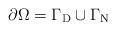
LaTeX: \begin{align*}\partial\Omega=\Gamma_{\operatorname*{D}}\cup\Gamma_{\operatorname*{N}}\end{align*}